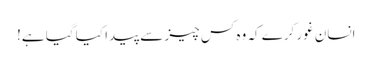
انسان غور کرے کہ وہ کس چیز سے پیدا کیا گیا ہے!